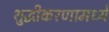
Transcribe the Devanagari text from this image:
शुद्धीकरणामध्ये